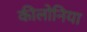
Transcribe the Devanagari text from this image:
कीलोनिया